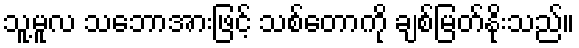
သူ့မူလ သဘောအားဖြင့် သစ်တောကို ချစ်မြတ်နိုးသည်။